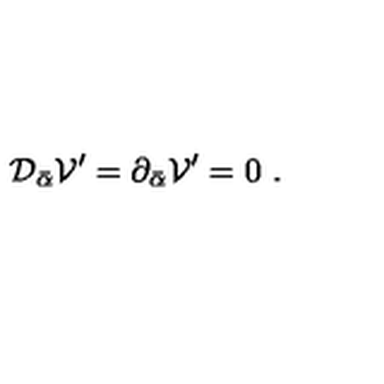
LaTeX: { \cal D } _ { \bar { \alpha } } { \cal V } ^ { \prime } = \partial _ { \bar { \alpha } } { \cal V } ^ { \prime } = 0 \ .